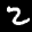
Label: 2